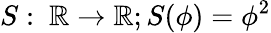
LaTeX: S:\ \mathbb{R}\to\mathbb{R};S(\phi)=\phi^{2}